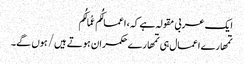
ایک عربی مقولہ ہے کہ، اعمالُکُم عُمالُکُم
تمھارے اعمال ہی تمھارے حکمران ہوتے ہیں/ ہوں گے۔